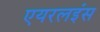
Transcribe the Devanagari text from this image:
एयरलइंस